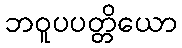
ဘဝူပပတ္တိယော